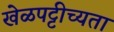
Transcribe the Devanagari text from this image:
खेळपट्टीच्यता